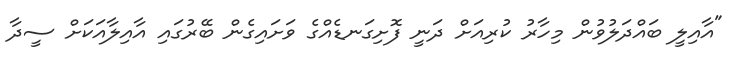
"އާއިލީ ބައްދަލުވުން މިހާރު ކުރިއަށް ދަނީ ފޮށިގަނޑެއްގެ ވަށައިގެން ބޭރުގައި އާއިލާއަކަށް ސީދާ